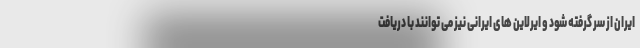
ایران از سر گرفته شود و ایرلاین های ایرانی نیز می توانند با دریافت